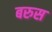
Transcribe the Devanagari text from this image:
बरुस